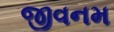
જીવનમ